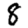
Digit: 8